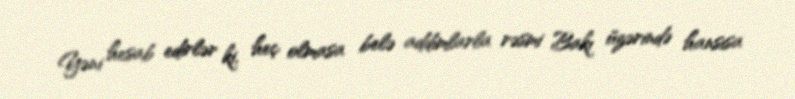
Yəni hesab edirlər ki, heç olmasa belə addımlarla rəsmi Bakı üzərində hansısa